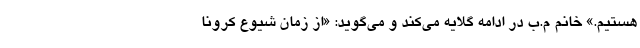
هستیم.» خانم م.ب در ادامه گلایه می‌کند و می‌گوید: «از زمان شیوع کرونا